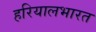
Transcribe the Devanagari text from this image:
हरियालभारत